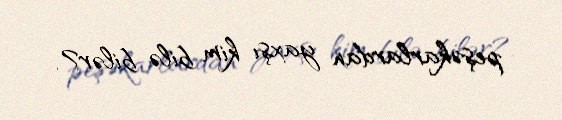
peşəkarlardan yaxşı kim bilə bilər?.